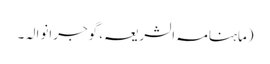
(ماہنامہ الشریعہ، گوجرانوالہ ۔